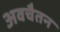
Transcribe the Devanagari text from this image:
अवचैतन